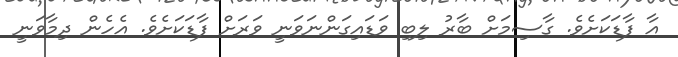
އާ ފާޑަކަށެވެ. ގާސިމަށް ބާރު ލިބި ވަޑައިގަންނަވަނީ ވަރަށް ފާޑަކަށެވެ. އެހެން ދިމާވަނީ